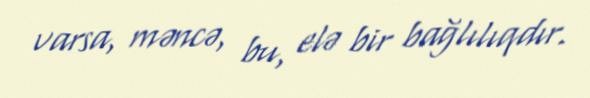
varsa, məncə, bu, elə bir bağlılıqdır.